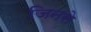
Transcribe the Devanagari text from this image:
जिनसे